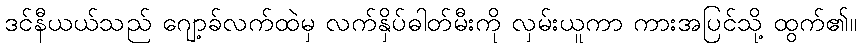
ဒင်နီယယ်သည် ဂျော့ခ်လက်ထဲမှ လက်နှိပ်ဓါတ်မီးကို လှမ်းယူကာ ကားအပြင်သို့ ထွက်၏။